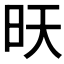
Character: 𭥔